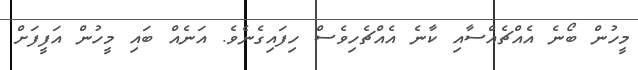
މީހުން ބޯނެ އެއްޗެއްސާއި ކާނެ އެއްޗެހިވެސް ހިފައިގެނެވެ. އަނެއް ބައި މީހުން އަފީފަށް